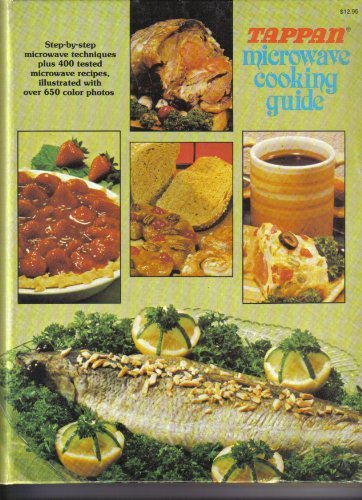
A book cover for Tappan Microwave Cooking Guide; Sylvia Sachur; Cookbooks, Food & Wine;